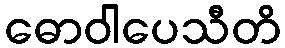
ဓောဝါပေသီတိ